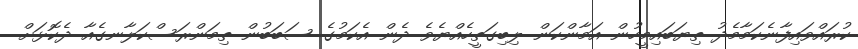
ކުރައްވައިފާނެކަމާމެދު ތިޔަބައިމީހުން އަމާންކަން ލިބިގަތީހެއްޔެވެ ދެން އެކަމުގެ ސަބަބުން ތިމަންރަސްކަލާނގެއާ ދެކޮޅަށް